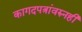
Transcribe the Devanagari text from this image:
कागदपत्रांवरुनही